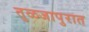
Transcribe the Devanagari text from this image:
तुळजापुरात